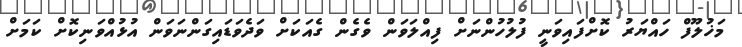
މަޚުލޫފް ހައްޔަރު ކޮށްފައިވަނީ ފުލުހުންނަށް ފިއްލަވަން ވެގެން ގެއަކަށް ވަދެވަޑައިގަންނަވަން އުޅުއްވަނިކޮށް ކަމަށް